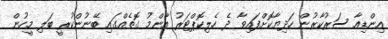
އިންޑިއާ ސަރުކާރުން ހަދިޔާކޮށްފައިވާ ދެ ހެލިކޮޕްޓަރު އާންމު ގޮތެއްގައި ބޭނުންކުރީ ބަލި މީހުން